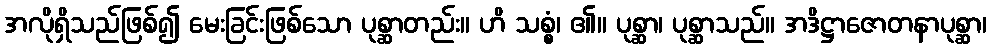
အလိုရှိသည်ဖြစ်၍ မေးခြင်းဖြစ်သော ပုစ္ဆာတည်း။ ဟိ သစ္စံ၊ ၏။ ပုစ္ဆာ၊ ပုစ္ဆာသည်။ အဒိဋ္ဌာဇောတနာပုစ္ဆာ၊